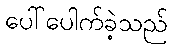
ပေါ်ပေါက်ခဲ့သည်